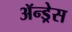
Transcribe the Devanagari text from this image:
ॲन्ड्रेस